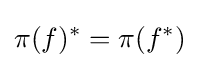
\pi (f)^{*}=\pi (f^{*})